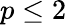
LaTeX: p\le 2